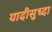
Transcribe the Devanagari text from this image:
यादीसुध्दा